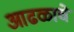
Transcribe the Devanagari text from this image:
आढळाचे